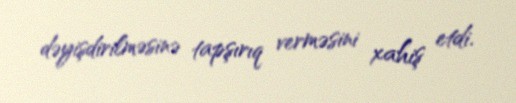
dəyişdirilməsinə tapşırıq verməsini xahiş etdi.